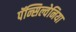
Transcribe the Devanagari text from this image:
पॅन्सिल्वेनिया